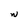
Character: N